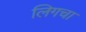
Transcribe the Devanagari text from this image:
लिगचा